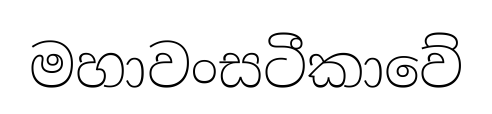
මහාවංසටීකාවේ